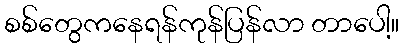
စစ်တွေကနေရန်ကုန်ပြန်လာ တာပေါ့။